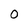
Character: 0